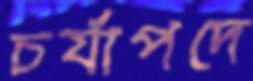
চর্যাপদে